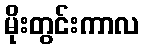
မိုးတွင်းကာလ